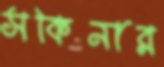
সকিনার